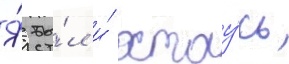
Я́ бы́л и́ остау́сь